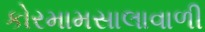
કોરમામસાલાવાળી